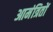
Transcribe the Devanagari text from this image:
आमंत्रितों